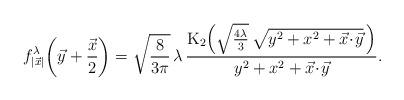
LaTeX: \begin{align*} f^\lambda_{\lvert\vec{x}\rvert}\!\left(\vec{y}+\frac{\vec{x}}{2}\right)=\sqrt{\frac{8}{3\pi}}\,\lambda\,\frac{\mathrm{K}_2\Big(\sqrt{\frac{4\lambda}{3}}\,\textstyle{\sqrt{y^2+x^2+\vec{x}\!\cdot\!\vec{y}}}\,\Big)}{y^2+x^2+\vec{x}\!\cdot\!\vec{y}}. \end{align*}